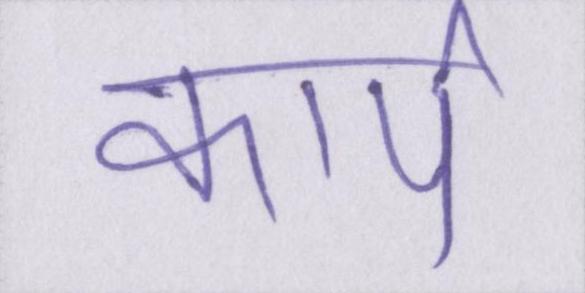
कार्प